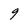
Character: g